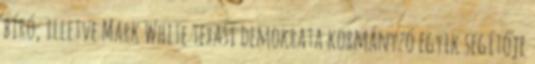
bíró, illetve Mark White texasi demokrata kormányzó egyik segítője